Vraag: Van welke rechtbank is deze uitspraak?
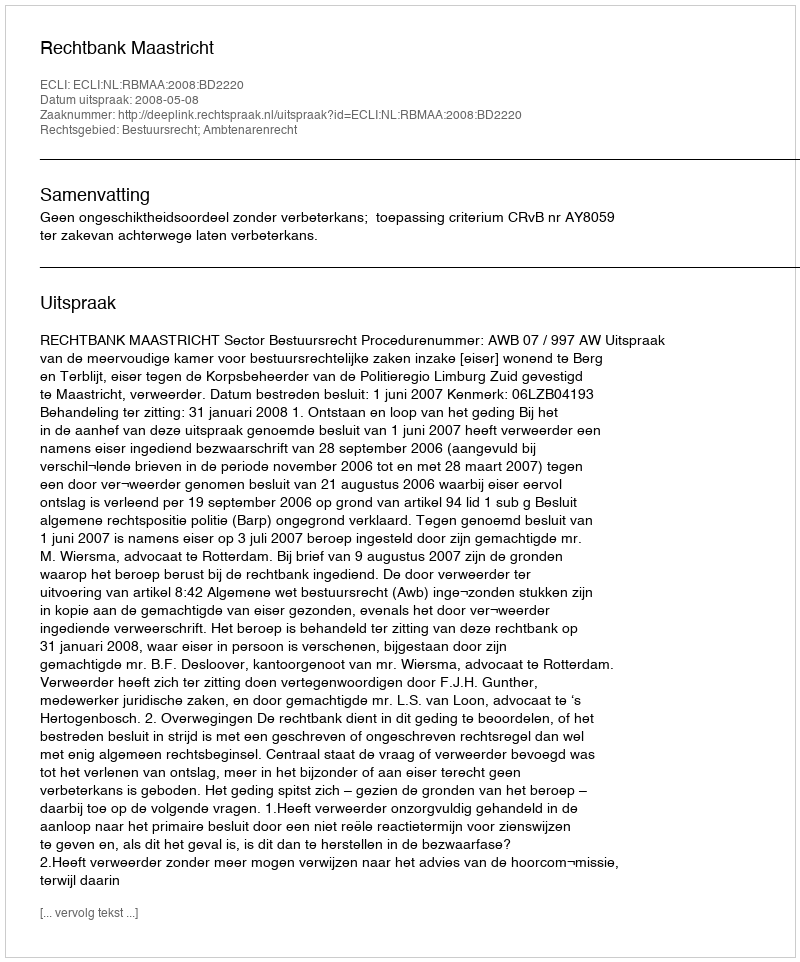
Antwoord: Rechtbank Maastricht